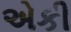
એકી